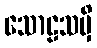
သောဠသမှိ